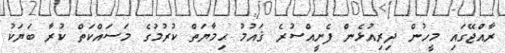
ރާއްޖޭގައި މީހުން ދިރިއުޅެން ފެށީއްސުރެ ޤައުމު ޙިމާޔަތް ކުރުމުގެ މަސައްކަތް ކުރާ ބަޔަކު